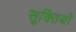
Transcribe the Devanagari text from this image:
सूक्तियो